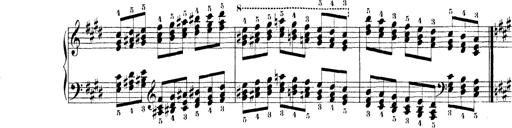
Title: Technische Studien
Composer: Franz Liszt